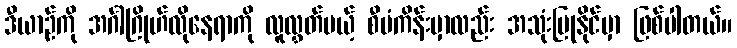
ဒီယာဉ်ကို အင်္ဂါဂြိုဟ်လိုနေရာကို လူလွှတ်မယ့် စီမံကိန်းမှာလည်း အသုံးပြုနိုင်မှာ ဖြစ်ပါတယ်။